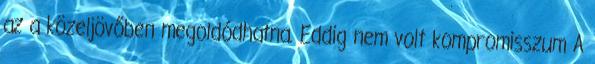
az a közeljövőben megoldódhatna. Eddig nem volt kompromisszum A